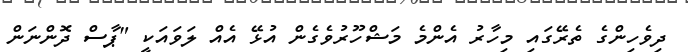
ދިވެހިންގެ ތެރޭގައި މިހާރު އެންމެ މަޝްހޫރުވެގެން އުޅޭ އެއް ލަވައަކީ "ޕާސް ދޮންނަން